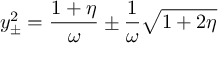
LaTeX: y _ { \pm } ^ { 2 } = { \frac { 1 + \eta } { \omega } } \pm { \frac { 1 } { \omega } } \sqrt { 1 + 2 \eta }